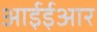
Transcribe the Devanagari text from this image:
आईईआर